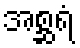
အစ္ဆရံ